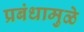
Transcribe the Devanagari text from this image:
प्रबंधामुळे